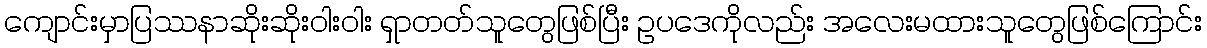
ကျောင်းမှာပြဿနာဆိုးဆိုးဝါးဝါး ရှာတတ်သူတွေဖြစ်ပြီး ဥပဒေကိုလည်း အလေးမထားသူတွေဖြစ်ကြောင်း